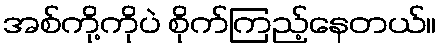
အစ်ကို့ကိုပဲ စိုက်ကြည့်နေတယ်။